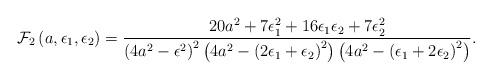
LaTeX: \begin{align*}{\cal F}_2\left(a, \epsilon_1, \epsilon_2\right)=\frac{20 a^2 + 7 \epsilon_1^2 + 16 \epsilon_1 \epsilon_2 + 7\epsilon_2^2}{\left(4a^2 - \epsilon^2 \right)^2 \left(4a^2 - \left( 2\epsilon_1 + \epsilon_2\right)^2 \right) \left(4a^2 - \left(\epsilon_1 + 2\epsilon_2 \right)^2 \right)}.\end{align*}